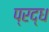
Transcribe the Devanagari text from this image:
प्रद्ध